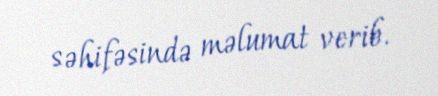
səhifəsində məlumat verib.